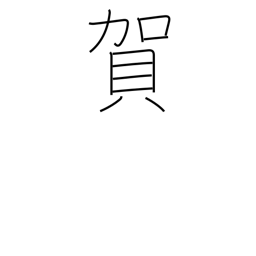
Meaning: congratulations